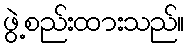
ဖွဲ့စည်းထားသည်။